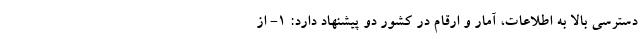
دسترسی بالا به اطلاعات، آمار و ارقام در کشور دو پیشنهاد دارد: 1- از